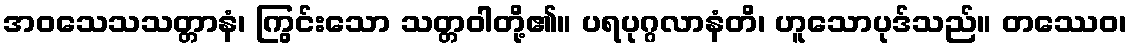
အဝသေသသတ္တာနံ၊ ကြွင်းသော သတ္တဝါတို့၏။ ပရပုဂ္ဂလာနံတိ၊ ဟူသောပုဒ်သည်။ တဿေဝ၊